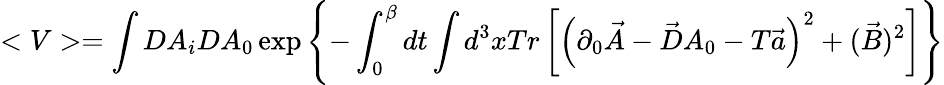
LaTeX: <V>=\int DA_{i}DA_{0}\exp\left\{ -\int_{0}^{\beta}dt\int d^{3}xTr\left[\left(\partial_{0}\vec{A}-\vec{D}A_{0}-T\vec{a}\right)^{2}+(\vec{B})^{2}\right]\right\}